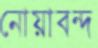
নোয়াবন্দ